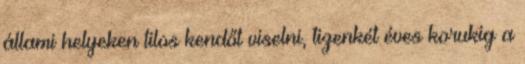
állami helyeken tilos kendőt viselni, tizenkét éves korukig a